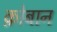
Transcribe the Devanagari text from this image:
क़ोबान